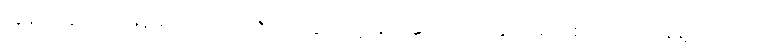
ညွှန်းကိန်းအရ မြန်မာဟာ သယံဇာတ ထွက်တဲ့ နိုင်ငံပေါင်း ၈၉ နိုင်ငံမှာ စုစုပေါင်း ရေနံနဲ့ သဘာဝ